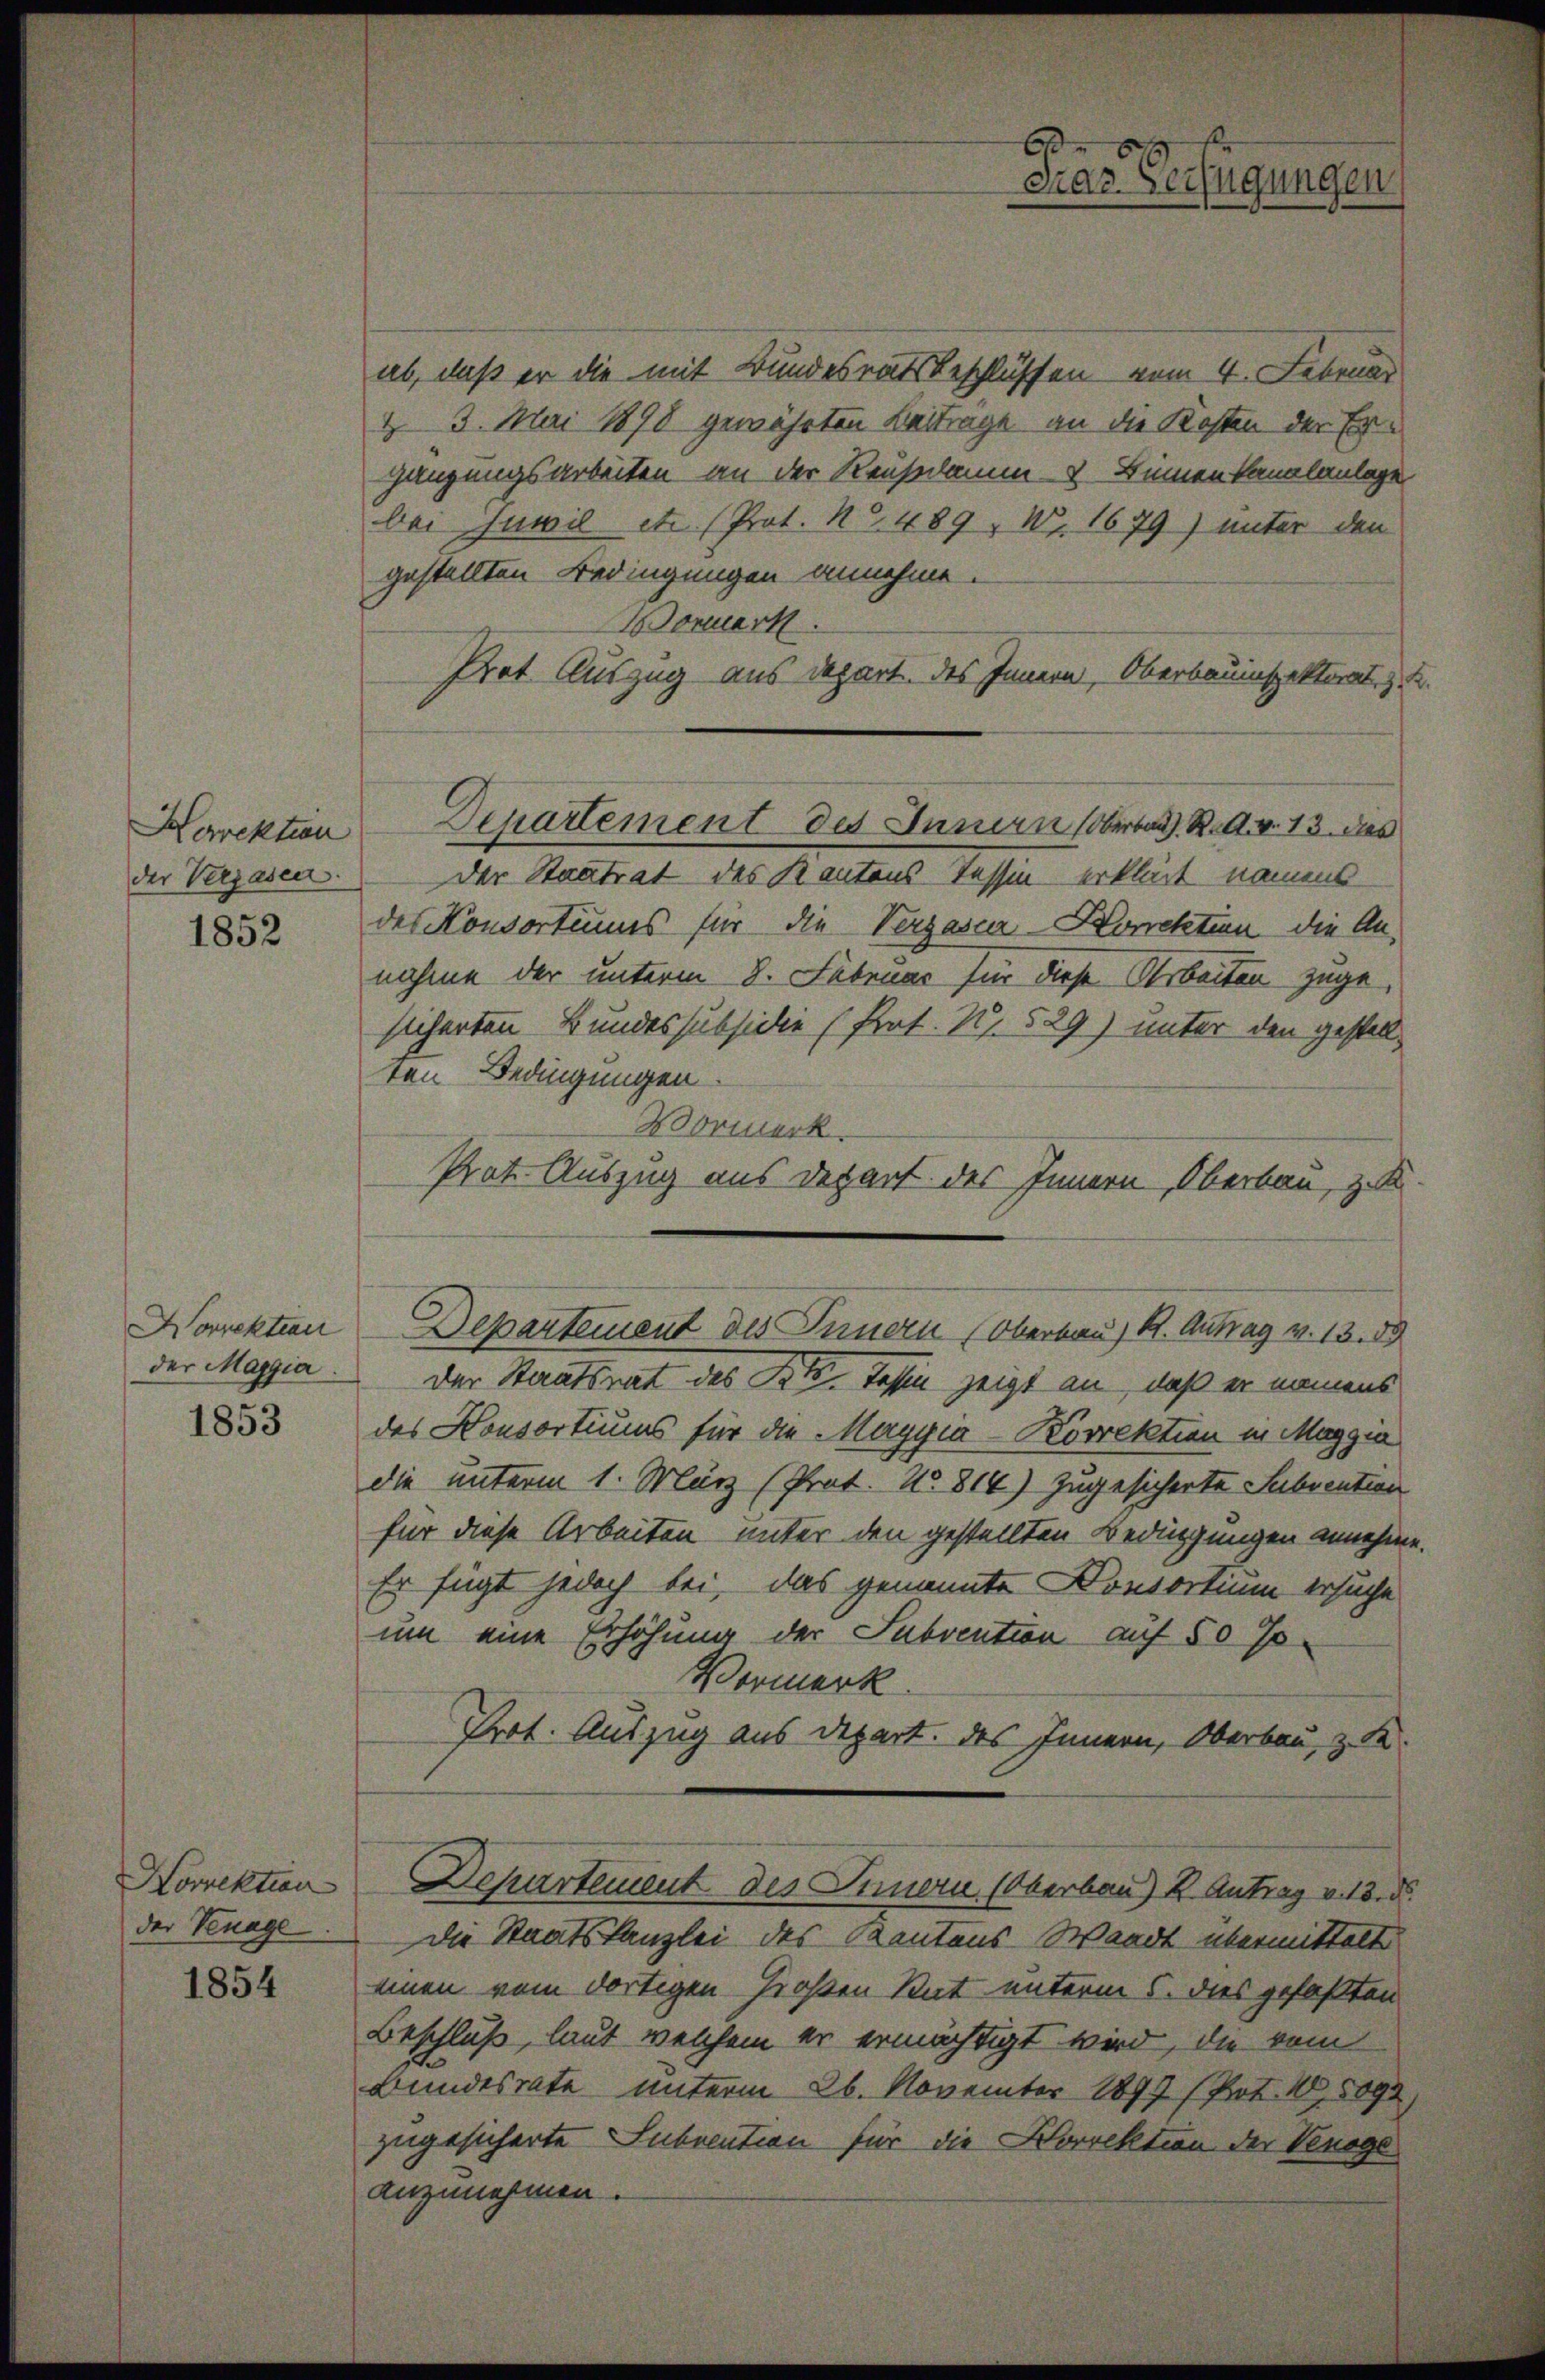
Korrektion
der Verzasen.

1852

Horrektion
der Maggia.

1853

Korrektion
der Venage

1854

ab, daß er die mit Bundesratsbeschlüssen vom 4. Februar
& 3. Mai 1890 gewährten Beitrage an die Kosten der Er¬
Hänzungsarbeiten an der Reusedamm. Binnenkanalanlage
bei Juwil etc. (Prot. No. 489, No. 1679) unter den
gestellten Bedingungen annehme.
Wonuerk
Prot Auszug aus depart. des Innern, Oberbauinspektorat, zu
Departement des Innern (Oberbad. R. G. v. 13. das
der Staatrat des Kantons Tessin erklärt namens
des Konsortimes für die Verzaser-Korrektion die An-
nahme der unterm 8. Februar für diese Arbeiten zugesicherten Bundessubsidie (Prat. N. 529) unter den gestellten Bedingungen
Vormerk.
Prat. Auszug aus Depart des Innern, Oberbau, z. R.
Departement des Innern (Oberbau, Kt. Antrag v. 13. 89
der Staatsrat des Kt. Tessin zeigt an, daß er meinens
des Konsortiums für die Maggia-Korrektion in Maggia
die unterm 1. März (Prot. No 814) zugesicherte Subvention
für diese Arbeiten unter den gestellten Bedingungen annehme
Er fügt jedoch bei, das genannte Konsortium ersuche
um eine Erhöhung der Subvention auf 50 %
Vermerk
Prot. Auszug aus Depart. des Innern, Oberbau, z. K
Departement des Innern (Oberbau) 2. Antrag v. 13. d.
die Staatskanzlei des Kantons Waadt übermittelt
einen vom dortigen Großen Rat unterm 5. dies gefaßten
Beschluß, laut welchem er ermächtigt wird, die vom
Bundesrate unterm 26. November 1899 (Prot. 10,5093)
zugesicherte Subvention für die Korrektion der Venage
anzunehmen.

6
Das Verfügungen